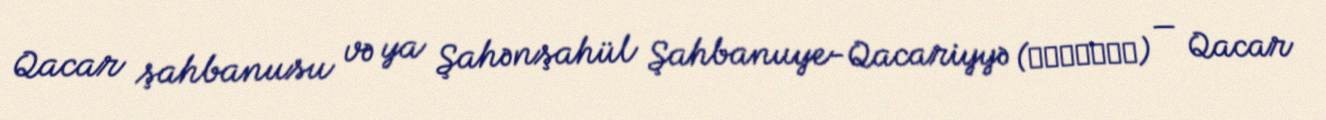
Qacar şahbanusu və ya Şahənşahül Şahbanuye-Qacariyyə (شهبانو‬) — Qacar